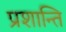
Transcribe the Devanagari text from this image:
प्रशान्ति